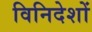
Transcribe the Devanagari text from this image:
विनिदेशों